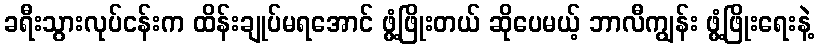
ခရီးသွားလုပ်ငန်းက ထိန်းချုပ်မရအောင် ဖွံ့ဖြိုးတယ် ဆိုပေမယ့် ဘာလီကျွန်း ဖွံ့ဖြိုးရေးနဲ့